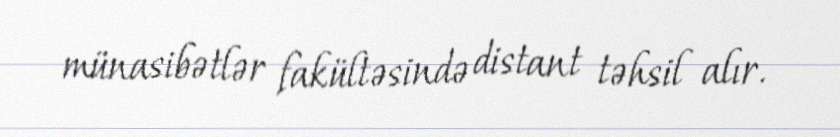
münasibətlər fakültəsində distant təhsil alır.